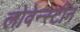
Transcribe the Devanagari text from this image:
लोवेन्स्टीन